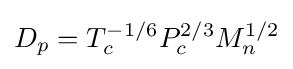
D_{p}=T_{c}^{-1/6}P_{c}^{2/3}M_{n}^{1/2}